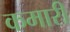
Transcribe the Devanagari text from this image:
कमारी